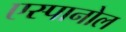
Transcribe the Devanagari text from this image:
एस्‍पानोल